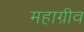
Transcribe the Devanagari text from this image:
महाग्रीव